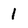
Character: 1